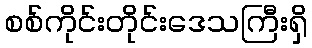
စစ်ကိုင်းတိုင်းဒေသကြီးရှိ